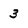
Character: 3